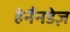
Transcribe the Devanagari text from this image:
हेर्नैनडेज़